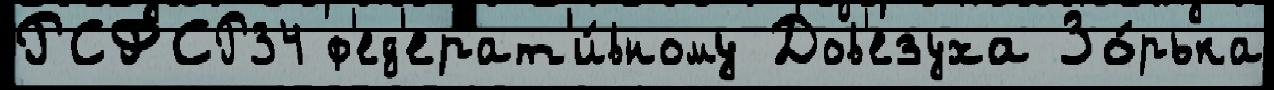
РСФСР34 ф'ед'ерат'и́вному Дов'езуха Зо́рька